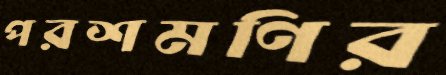
পরশমণির